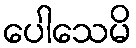
ပေါသေမိ